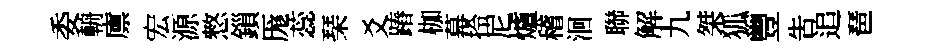
委輈廪宏源憗鎻厖蕊琹爻蹖枷幕拎尼爐稽洄聯解九桀狐豐告追琶